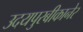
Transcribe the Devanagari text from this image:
उदयपुरबीकानेर